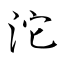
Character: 沱